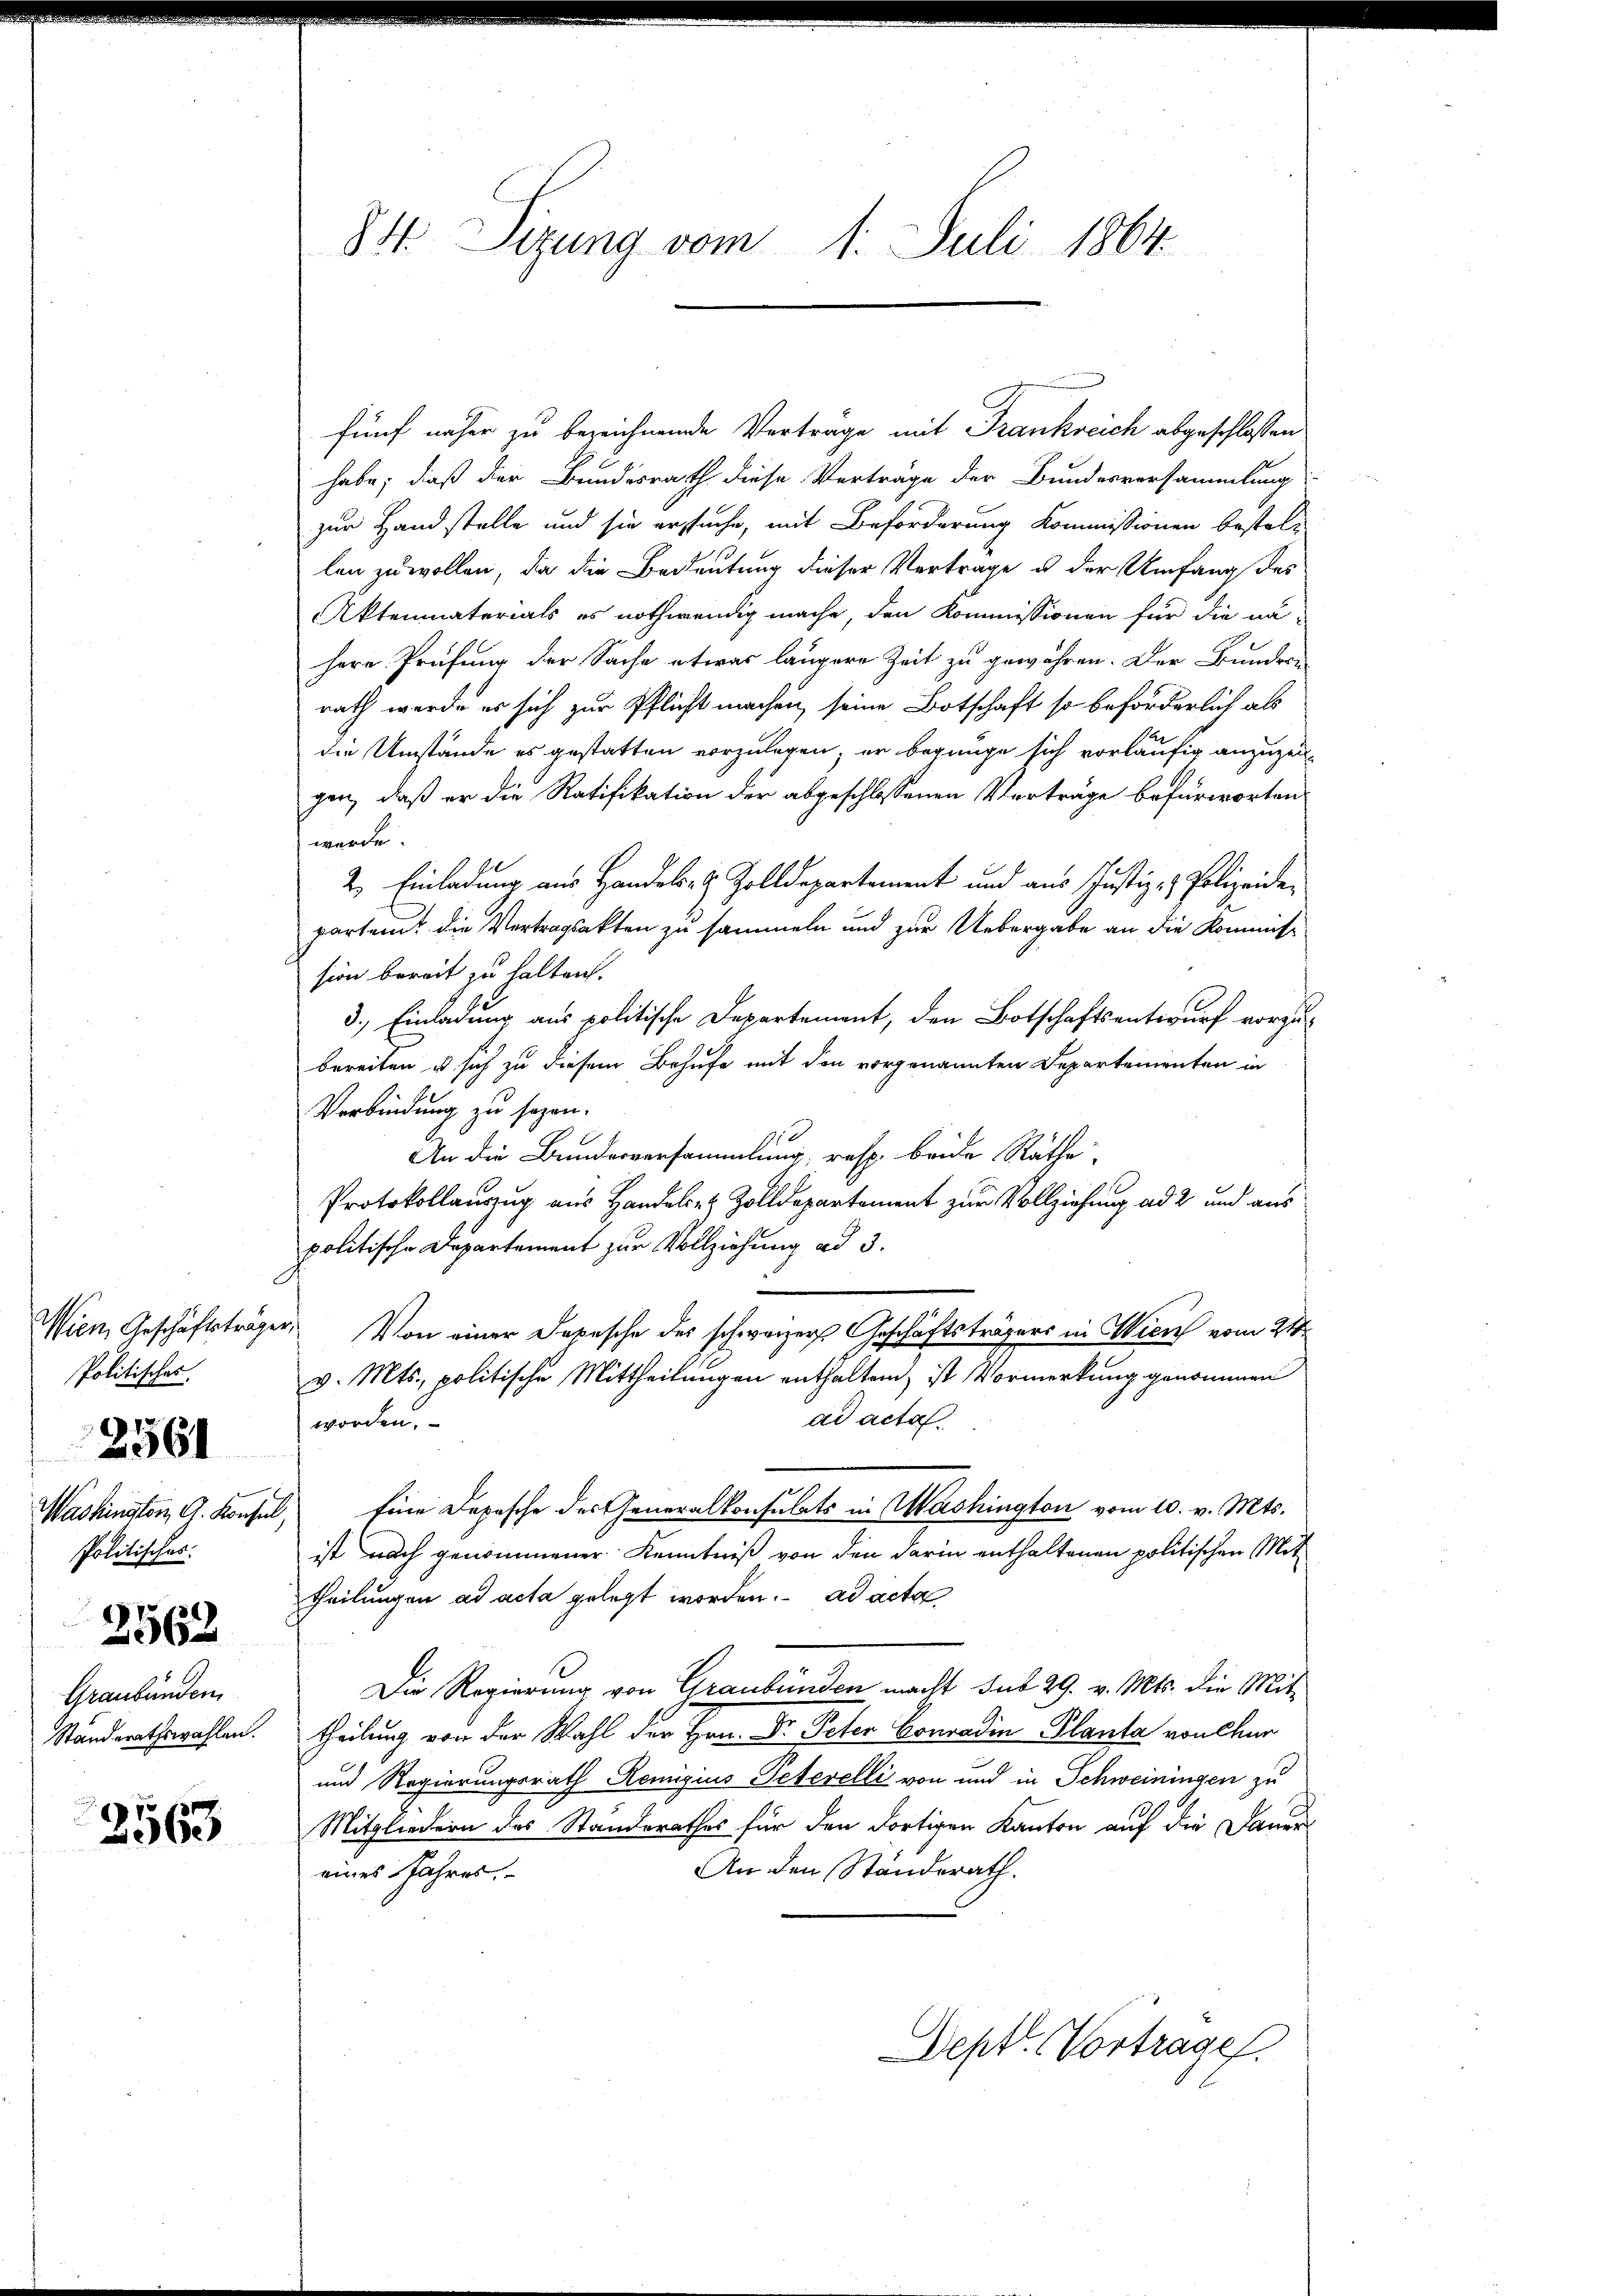
Politisches.
Politisches
2562
Graubünden.

2561

2563

84 Sizung vom 1. Juli 1864.

fünf näher zu bezeichnende Vertrage mit Frankreich abgeschlossen
habe; daß der Bundesrath diese Verträge der Bundesversammlung
zur Handstelle und sie ersuche, mit Beförderung Kommissionen bestel-
len zu wollen, da die Bedeutung dieser Vertrage u der Umfang des
Aktenmaterials es nothwendig mache, den Kommissionen für die na-
herr Prüfung der Sache etwas längere Zeit zu gewähren. Der Bundern
rath werde es sich zur Pflicht machen, seine Botschaft so beförderlich als
die Umstände es gestatten vorzulegen; er begnüge sich vorläufig anzuzeit-
gen, daß er die Ratifikation der abgeschlossenen Vorträge befürworten
werde.
2. Einladung aus Handels- & Zolldepartement und aus Justiz- & Polizeidepartem die Vertragsakten zu sammeln und zur Uebergabe an die Kommission bereit zu halten.
3.) Einladung aus politische Departement, den Botschaftsentwurf vorzubereiten u. sich zu diesem Behufe mit den vorgenannten Departementen in
Verbindung zu sezen.
10
An die Bundesversammlung, resp. beide Räthe
Protokollauszug aus Handels- & Zolldepartement zur Vollziehung ad 2 und aus
politische Departement zur Vollziehung ad 3.
Wien, Geschäftsträger, Von einer Depesche des schweizers Geschäftsträgers in Wien vom 21
v. Mts., politische Mittheilungen enthalten, ist Vormerkung genommen
ad acta
worden.
Mashington G. Konsul, Eine Depesche des Generalkonsulats in Washington vom 10. v. Mts.
ist nach genommener Kenntniß von den darin enthaltenen politischen Mittheilungen ad acta gelegt worden. ad acta
Die Regierung von Graubünden macht sub 29. v. Mts. die Mit¬
Standerathswahlen. Theilung von der Wahl der Hrn. Dr. Peter Conradin Planta von Chur
und Regierungsrath Remigius Peterelli von und in Schweiningen zu
Mitgliedern des Standerathes für den dortigen Kanton auf die Dame
An den Ständerath.
eines Jahres.
Dept. Vortrage